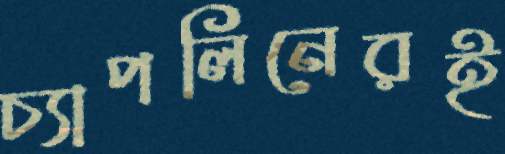
চ্যাপলিনেরই